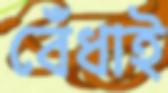
বেঁধাই